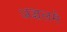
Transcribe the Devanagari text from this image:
अञ्चलमे